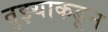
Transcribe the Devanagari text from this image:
तुझ्याकडून